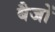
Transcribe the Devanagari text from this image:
बैजों